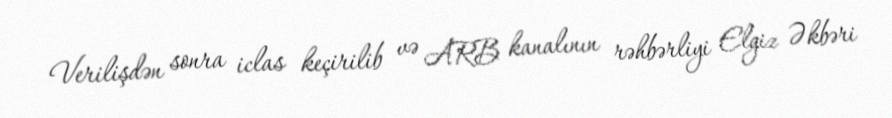
Verilişdən sonra iclas keçirilib və ARB kanalının rəhbərliyi Elgiz Əkbəri